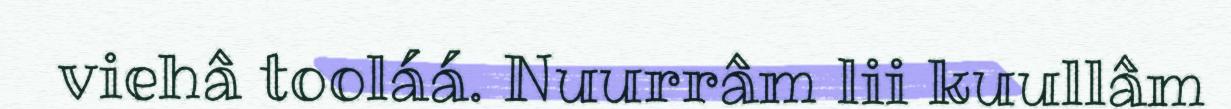
viehâ tooláá. Nuurrâm lii kuullâm